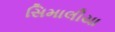
સિમાલીયા